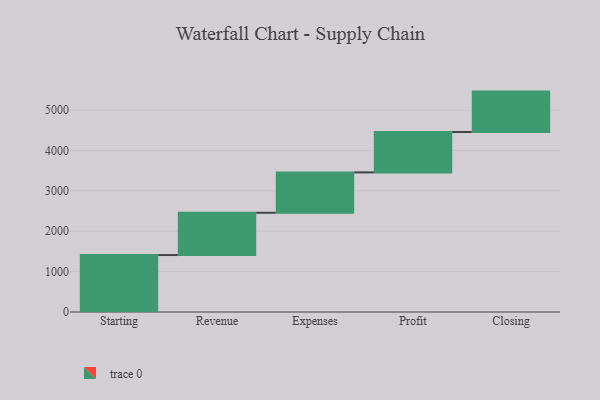
{"axis": {"x": "Step", "y": "Value"}, "legend": [""], "data": [{"x": "Starting", "y": 1410.0, "type": ""}, {"x": "Revenue", "y": 1047.0, "type": ""}, {"x": "Expenses", "y": 1000, "type": ""}, {"x": "Profit", "y": 1000, "type": ""}, {"x": "Closing", "y": 1000, "type": ""}]}